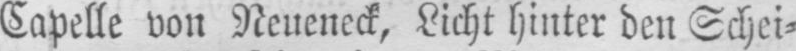
Capelle von Neueneck, Licht hinter den Schei⸗